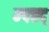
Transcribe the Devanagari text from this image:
म्फ्ह्द्